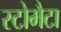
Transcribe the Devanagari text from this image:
स्टोमैटा